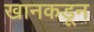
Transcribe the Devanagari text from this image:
खानकडून